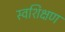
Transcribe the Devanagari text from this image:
स्वशिक्षण